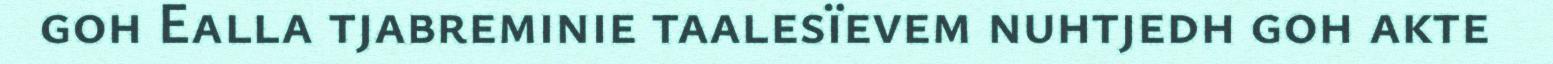
goh Ealla tjabreminie taalesïevem nuhtjedh goh akte